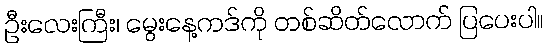
ဦးလေးကြီး၊ မွေးနေ့ကဒ်ကို တစ်ဆိတ်လောက် ပြပေးပါ။